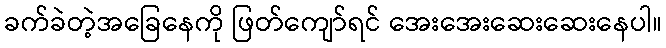
ခက်ခဲတဲ့အခြေနေကို ဖြတ်ကျော်ရင် အေးအေးဆေးဆေးနေပါ။